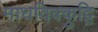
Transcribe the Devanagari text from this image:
माधविक्कुट्टि